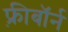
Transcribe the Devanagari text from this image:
फ़्रीबॉर्न